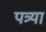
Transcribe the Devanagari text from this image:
पत्र्या